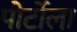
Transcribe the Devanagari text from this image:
पोर्टोला